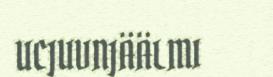
UCJUVNJÄÄLMI